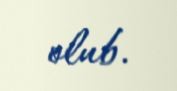
olub.